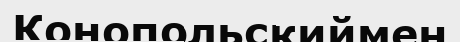
Конопольскиймен